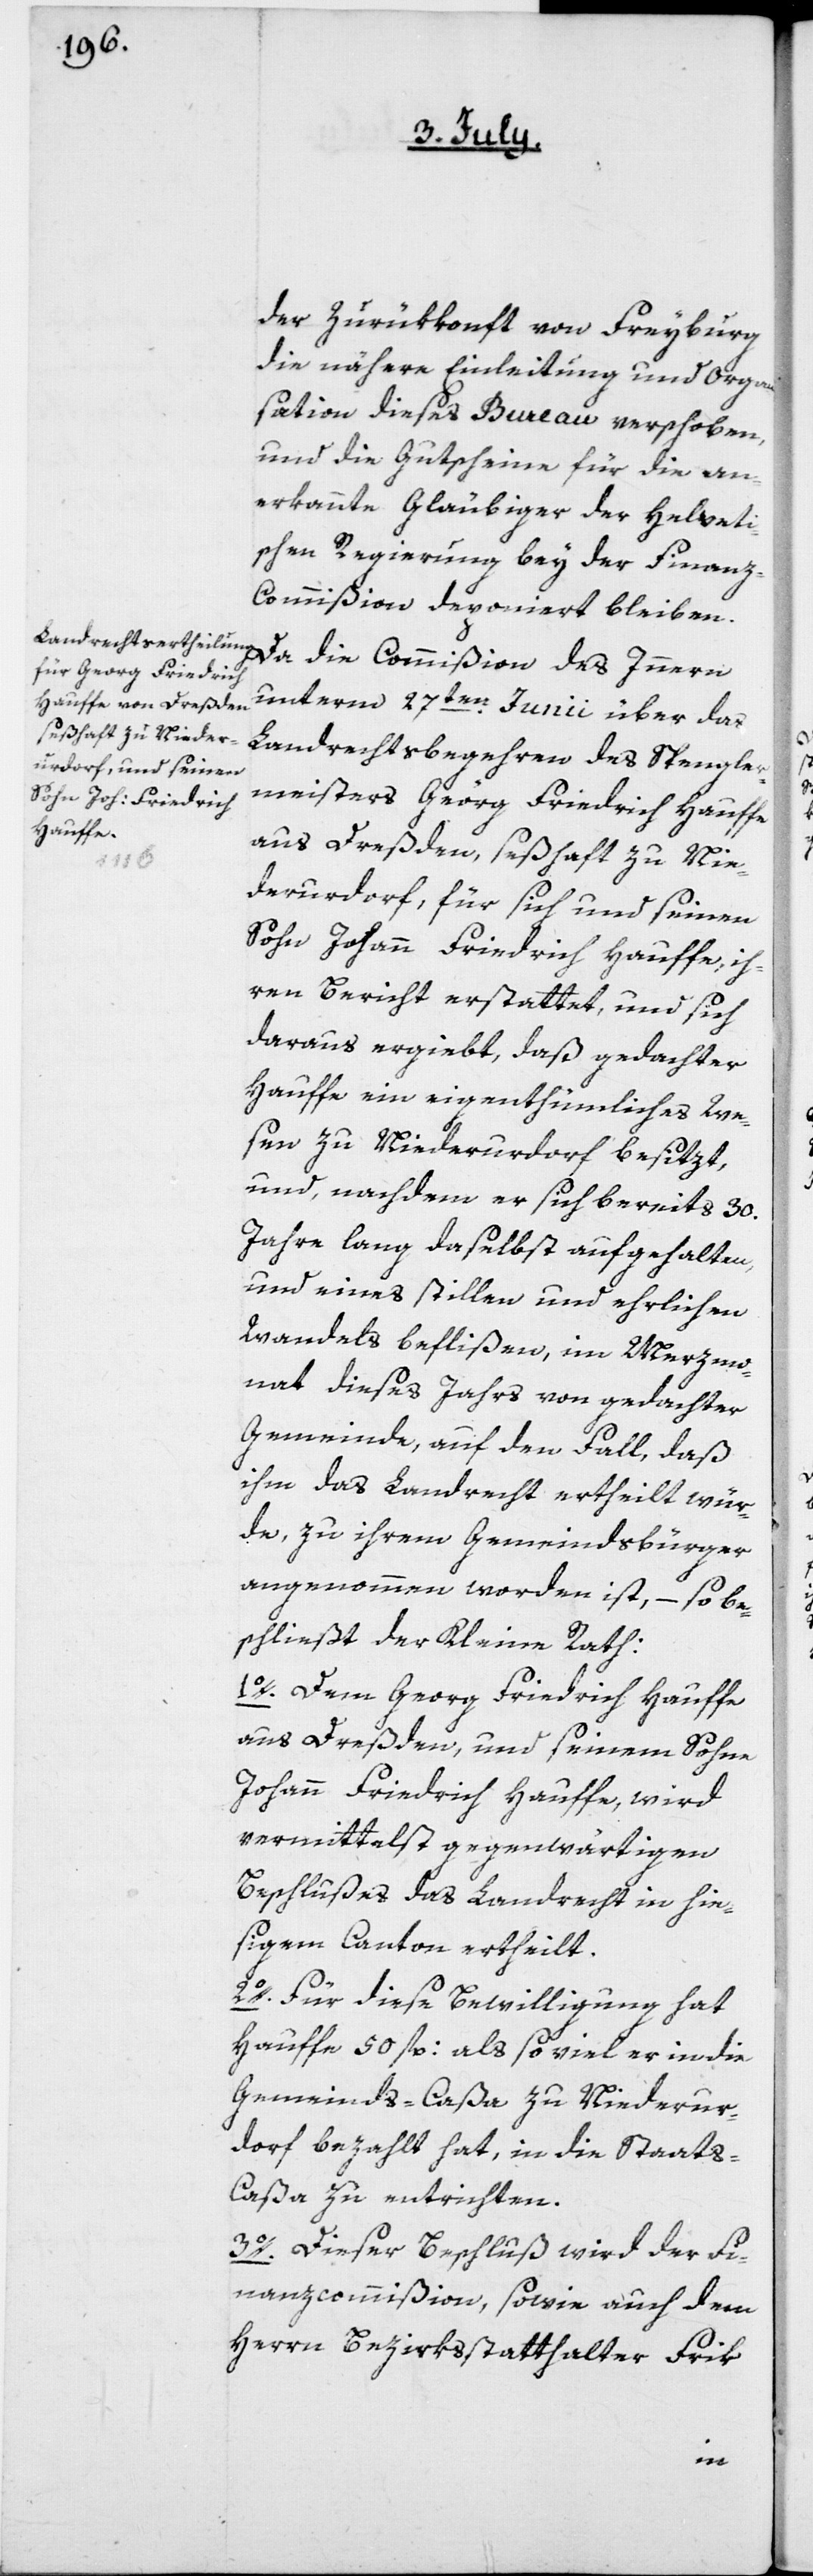
der Zurükkonft von Freyburg
die nähere Einleitung und Organi¬
sation dieses Bureau verschoben,
und die Gutscheine für die an¬
erkannte[n] Gläubiger der Helveti¬
schen Regierung bey der Finan¬
z-Commißion deponiert bleiben.
Da die Commißion des Innern
unterm 27ten Junii über das
Landrechtsbegehren des Spengler¬
meisters Georg Friedrich Hauffe
aus Dreßden, seßhaft zu Nie¬
derurdorf, für sich und seinen
Sohn Johann Friedrich Hauffe, ih¬
ren Bericht erstattet, und sich
daraus ergiebt, daß gedachter
Hauffe ein eigenthümliches We¬
sen zu Niederurdorf besitzt,
und, nachdem er sich bereits 30.
Jahre lang daselbst aufgehalten,
und eines stillen und ehrlichen
Wandels beflißen, im Merzmo¬
nat dieses Jahrs von gedachter
Gemeinde, auf den Fall, daß
ihm das Landrecht ertheilt wür¬
de, zu ihrem Gemeindsbürger
angenommen worden ist, – so be¬
schließt der Kleine Rath:
1o. Dem Georg Friedrich Hauffe
aus Dreßden, und seinem Sohne
Johann Friedrich Hauffe, wird
vermittelst gegenwärtigen
Beschlußes das Landrecht in hie¬
sigem Canton ertheilt.
2o. Für diese Bewilligung hat
Hauffe 50 fl: als so viel er in die
Gemeinds-Caßa zu Niederur¬
dorf bezahlt hat, in die Staats-C¬
aßa zu entrichten.
3o. Dieser Beschluß wird der Fi¬
nanzcommißion, sowie auch dem
Herrn Bezirksstatthalter Frik